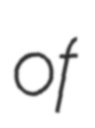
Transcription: of